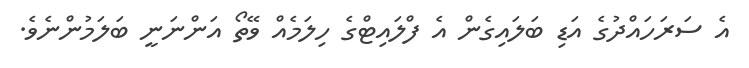
އެ ސަރަހައްދުގެ އަޑި ބަލައިގެން އެ ފްލައިޓްގެ ހިލަމެއް ވޭތޯ އަންނަނީ ބަލަމުންނެވެ.